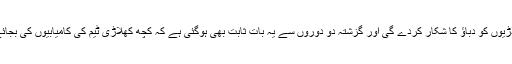
میں نے کئی ماہ قبل بھی یہ کہا تھا کہ چیف سلیکٹرکی مینیجر کی حیثیت سے دورے پر موجودگی کھلاڑیوں کو دباؤ کا شکار کردے گی اور گزشتہ دو دوروں سے یہ بات ثابت بھی ہوگئی ہے کہ کچھ کھلاڑی ٹیم کی کامیابیوں کی بجائے طے شدہ ”اسکرپٹ“ کے مطابق کھیل رہے ہیں تاکہ اگلے دورے ور میں بھی ان کی جگہ پکی رہے۔